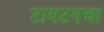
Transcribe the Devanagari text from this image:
टायटनचा